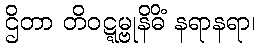
ဌိတာ တိဝဋ္ဋမ္ဗုနိဓိံ နရာနရာ၊